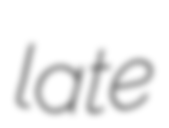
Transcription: late